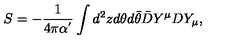
S = - \frac { 1 } { 4 \pi \alpha ^ { ' } } \int d ^ { 2 } z d \theta d \bar { \theta } \bar { D } Y ^ { \mu } D Y _ { \mu } ,